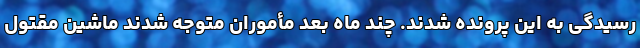
رسیدگی به این پرونده شدند. چند ماه بعد مأموران متوجه شدند ماشین مقتول